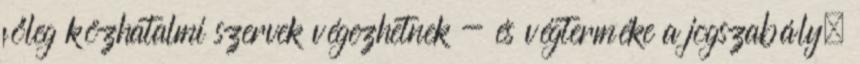
főleg közhatalmi szervek végezhetnek - és végterméke a jogszabály.